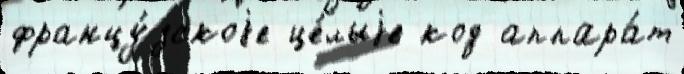
францу́зскоjе це́лыjе код аппара́т